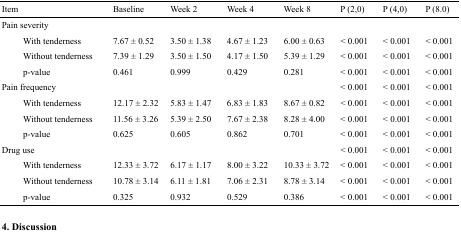
<table><thead><tr><td><b>Item</b></td><td><b>Baseline</b></td><td><b>Week 2</b></td><td><b>Week 4</b></td><td><b>Week 8</b></td><td><b>P (2,0)</b></td><td><b>P (4,0)</b></td><td><b>P (8.0)</b></td></tr></thead><tbody><tr><td>Pain severity</td><td></td><td></td><td></td><td></td><td></td><td></td><td></td></tr><tr><td>With tenderness</td><td>7.67 ± 0.52</td><td>3.50 ± 1.38</td><td>4.67 ± 1.23</td><td>6.00 ± 0.63</td><td>&lt; 0.001</td><td>&lt; 0.001</td><td>&lt; 0.001</td></tr><tr><td>Without tenderness</td><td>7.39 ± 1.29</td><td>3.50 ± 1.50</td><td>4.17 ± 1.50</td><td>5.39 ± 1.29</td><td>&lt; 0.001</td><td>&lt; 0.001</td><td>&lt; 0.001</td></tr><tr><td>p-value</td><td>0.461</td><td>0.999</td><td>0.429</td><td>0.281</td><td>&lt; 0.001</td><td>&lt; 0.001</td><td>&lt; 0.001</td></tr><tr><td>Pain frequency</td><td></td><td></td><td></td><td></td><td>&lt; 0.001</td><td>&lt; 0.001</td><td>&lt; 0.001</td></tr><tr><td>With tenderness</td><td>12.17 ± 2.32</td><td>5.83 ± 1.47</td><td>6.83 ± 1.83</td><td>8.67 ± 0.82</td><td>&lt; 0.001</td><td>&lt; 0.001</td><td>&lt; 0.001</td></tr><tr><td>Without tenderness</td><td>11.56 ± 3.26</td><td>5.39 ± 2.50</td><td>7.67 ± 2.38</td><td>8.28 ± 4.00</td><td>&lt; 0.001</td><td>&lt; 0.001</td><td>&lt; 0.001</td></tr><tr><td>p-value</td><td>0.625</td><td>0.605</td><td>0.862</td><td>0.701</td><td>&lt; 0.001</td><td>&lt; 0.001</td><td>&lt; 0.001</td></tr><tr><td>Drug use</td><td></td><td></td><td></td><td></td><td>&lt; 0.001</td><td>&lt; 0.001</td><td>&lt; 0.001</td></tr><tr><td>With tenderness</td><td>12.33 ± 3.72</td><td>6.17 ± 1.17</td><td>8.00 ± 3.22</td><td>10.33 ± 3.72</td><td>&lt; 0.001</td><td>&lt; 0.001</td><td>&lt; 0.001</td></tr><tr><td>Without tenderness</td><td>10.78 ± 3.14</td><td>6.11 ± 1.81</td><td>7.06 ± 2.31</td><td>8.78 ± 3.14</td><td>&lt; 0.001</td><td>&lt; 0.001</td><td>&lt; 0.001</td></tr><tr><td>p-value</td><td>0.325</td><td>0.932</td><td>0.529</td><td>0.386</td><td>&lt; 0.001</td><td>&lt; 0.001</td><td>&lt; 0.001</td></tr></tbody></table>